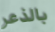
بالذعر